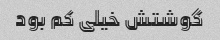
گوشتش خیلی کم بود